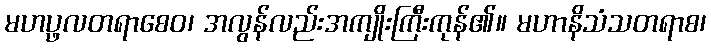
မဟပ္ဖလတရာစေဝ၊ အလွန်လည်းအကျိုးကြီးကုန်၏။ မဟာနိသံသတရာစ၊